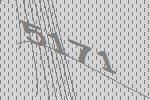
5171